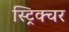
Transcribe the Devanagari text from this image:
स्ट्रिक्चर